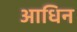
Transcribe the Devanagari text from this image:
आधिन